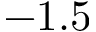
- 1 . 5